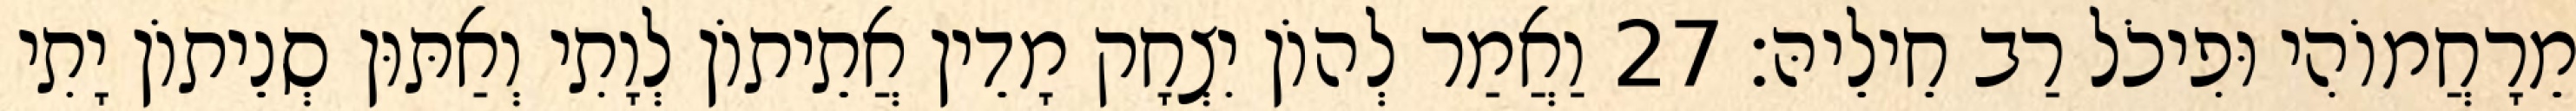
מֵרָחֲמוֹהִי וּפִיכֹל רַב חֵילֵיהּ׃ 27 וַאֲמַר לְהוֹן יִצְחָק מָדֵין אֲתֵיתוֹן לְוָתִי וְאַתּוּן סְנֵיתוֹן יָתִי